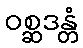
ဝစ္ဆဒန္တံ